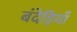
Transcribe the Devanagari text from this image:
बंदेड़ियाँ